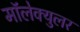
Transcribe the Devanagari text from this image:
मॉलेक्‍युलर